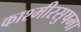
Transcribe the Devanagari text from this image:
काश्मीरसुषमा